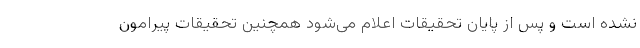
نشده است و پس از پایان تحقیقات اعلام می‌شود همچنین تحقیقات پیرامون